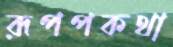
রূপপকথা